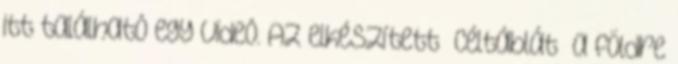
itt található egy videó. Az elkészített „céltáblát” a földre